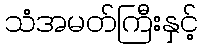
သံအမတ်ကြီးနှင့်